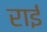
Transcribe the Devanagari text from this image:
राईं